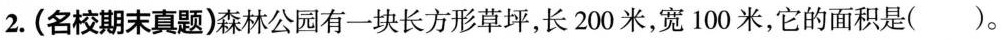
2. (名校期末真题)森林公园有一块长方形草坪，长 200 米，宽 100 米，它的面积是( )。